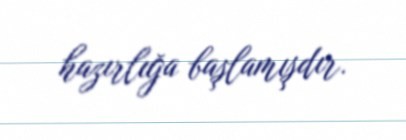
hazırlığa başlamışdır.